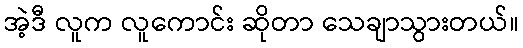
အဲ့ဒီ လူက လူကောင်း ဆိုတာ သေချာသွားတယ်။